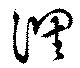
調